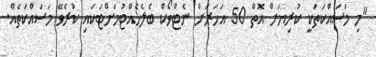
"މި މަސައްކަތަކީ ކުރިޔަށް އޮތް 50 އަހަރަށް ނެޓްވޯކް ބެލެހެއްޓުމަށްޓަކައި ކުރެވޭ މަސައްކަތެއް.